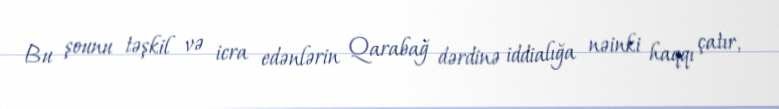
Bu şounu təşkil və icra edənlərin Qarabağ dərdinə iddialığa nəinki haqqı çatır,